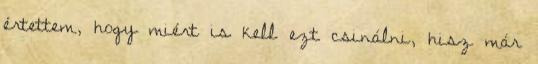
értettem, hogy miért is kell ezt csinálni, hisz már